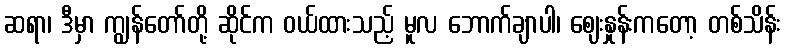
ဆရာ၊ ဒီမှာ ကျွန်တော်တို့ ဆိုင်က ဝယ်ထားသည့် မူလ ဘောက်ချာပါ၊ ဈေးနှုန်းကတော့ တစ်သိန်း